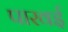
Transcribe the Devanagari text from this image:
पारवई